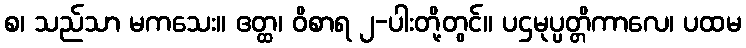
စ၊ သည်သာ မကသေး။ ဧတ္ထ၊ ဝိစာရ ၂-ပါးတို့တွင်။ ပဌမုပ္ပတ္တိကာလေ၊ ပထမ